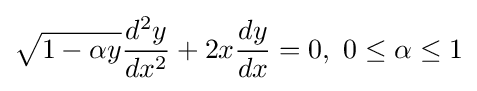
{\sqrt {1-\alpha y}}{\frac {d^{2}y}{dx^{2}}}+2x{\frac {dy}{dx}}=0,\ 0\leq \alpha \leq 1